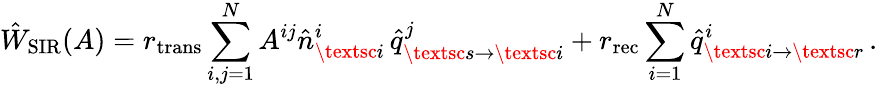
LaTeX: \hat{W}_{\mathrm{SIR}}(A)=r_{\mathrm{trans}}\sum_{i,j=1}^{N}A^{ij}\hat{n}_{\textsc{i}}^{i}\, \hat{q}_{\textsc{s}\to\textsc{i}}^{j}+r_{\mathrm{rec}}\sum_{i=1}^{N}\hat{q}_{\textsc{i}\to\textsc{r}}^{i}\, .